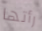
رأتها